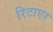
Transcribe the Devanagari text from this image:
रिटाएर